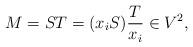
LaTeX: \begin{align*}M=ST=(x_iS)\frac{T}{x_i}\in V^2,\end{align*}